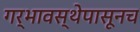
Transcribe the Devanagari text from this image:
गर्भावस्थेपासूनच